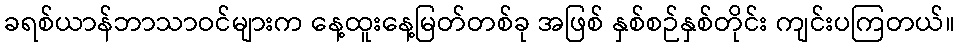
ခရစ်ယာန်ဘာသာဝင်များက နေ့ထူးနေ့မြတ်တစ်ခု အဖြစ် နှစ်စဉ်နှစ်တိုင်း ကျင်းပကြတယ်။